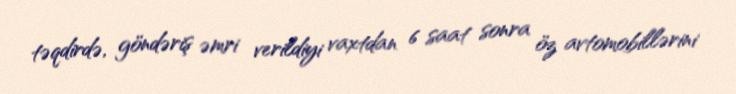
təqdirdə, göndəriş əmri verildiyi vaxtdan 6 saat sonra öz avtomobillərini